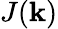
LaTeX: J(\mathbf{k})